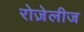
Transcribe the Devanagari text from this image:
रोज़ेलीज